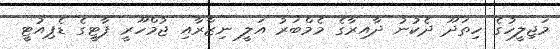
މަޖިލީހުގެ ހިތަދޫ ދެކުނު ދާއިރާގެ މެމްބަރު އަލީ ނިޒާރާއި ޖުމްހޫރީ ޕާޓީގެ ޑެޕިއުޓީ